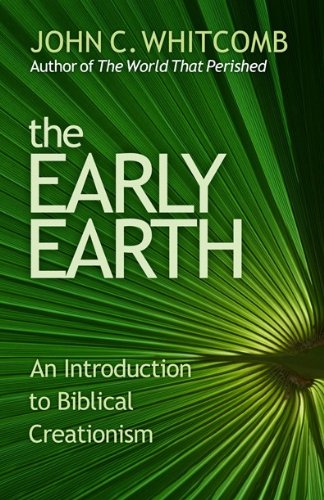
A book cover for The Early Earth-An Introduction to Biblical Creationism; John C. Whitcomb; Christian Books & Bibles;